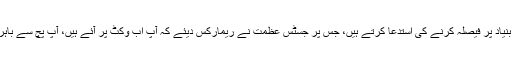
وہ عدالت سے اہلیت کی بنیاد پر فیصلہ کرنے کی استدعا کرتے ہیں، جس پر جسٹس عظمت نے ریمارکس دیئے کہ آپ اب وکٹ پر آئے ہیں، آپ پچ سے باہر نکل کر نہ کھیلا کریں۔